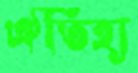
ঐতিহ্য